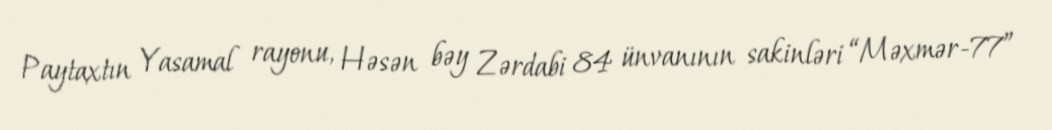
Paytaxtın Yasamal rayonu, Həsən bəy Zərdabi 84 ünvanının sakinləri “Məxmər-77”